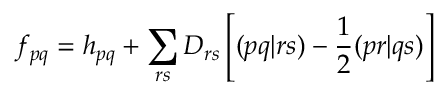
f _ { p q } = h _ { p q } + \sum _ { r s } D _ { r s } \left[ ( p q | r s ) - \frac { 1 } { 2 } ( p r | q s ) \right]